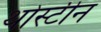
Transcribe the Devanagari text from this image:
थोर्स्टीन